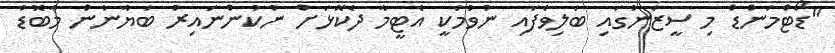
"ޑޯޓްމަންޑް މި ސީޒަނުގައި ބަލިވެފައި ނުވުމަކީ އެޓީމާ ދެކޮޅަށް ނުކުންނައިރު ބަޔާނުން މާބޮޑު